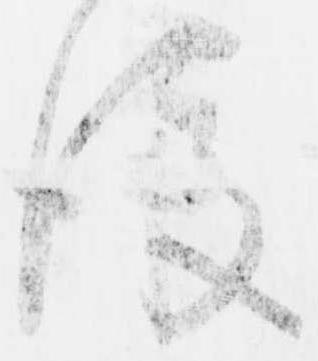
後